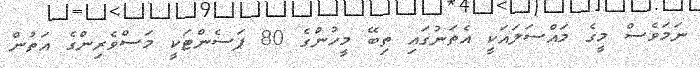
ނަމަވެސް މީގެ މައްސަލައަކީ އެތަނުގައި ތިބޭ މީހުންގެ 80 ޕަސެންޓަކީ މަސްވެރިންގެ އަތުން